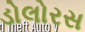
ડોલોરસ